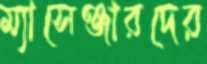
ম্যাসেঞ্জারদের